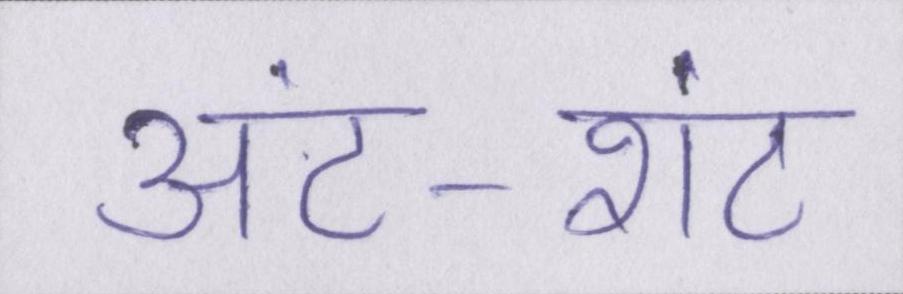
अंट-शंट